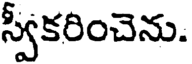
స్వీకరించెను.